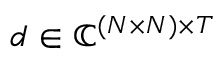
d \in \mathbb { C } ^ { ( N \times N ) \times T }